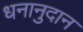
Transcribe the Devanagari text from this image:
धनानुदान